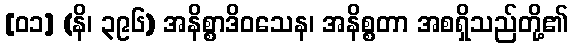
[၀၁] (နိ၊ ၃၉၆) အနိစ္စာဒိဝသေန၊ အနိစ္စတာ အစရှိသည်တို့၏